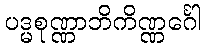
ပဒ္မစုဏ္ဏာဘိကိဏ္ဏင်္ဂေါ